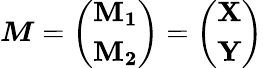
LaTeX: \boldsymbol{M}=\left(\begin{array}{l}{\mathbf{M_{1}}}\\ {\mathbf{M_{2}}}\end{array}\right)=\left(\begin{array}{l}{\mathbf{\mathbf{X}}}\\ {\mathbf{\mathbf{Y}}}\end{array}\right)